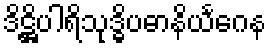
ဒိဋ္ဌိပါရိသုဒ္ဓိပဓာနိယင်္ဂေန